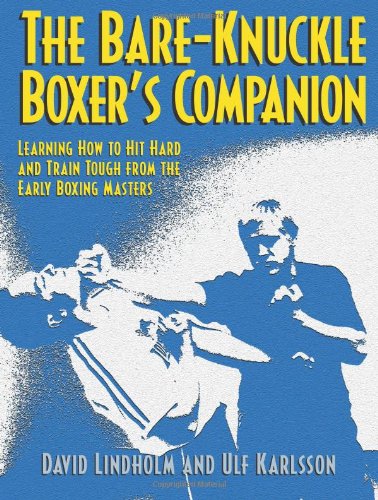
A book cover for Bare-Knuckle Boxer's Companion: Learning How to Hit Hard and Train Tough from the Early Boxing Masters; David Lindholm; Sports & Outdoors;